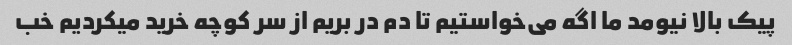
پیک بالا نیومد ما اگه می‌خواستیم تا دم در بریم از سر کوچه خرید میکردیم خب